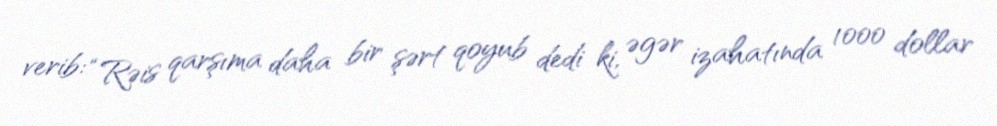
verib: “Rəis qarşıma daha bir şərt qoyub dedi ki, əgər izahatında 1000 dollar